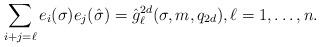
LaTeX: \begin{align*}\sum_{i+j=\ell} e_{i}(\sigma) e_{j}(\hat{\sigma}) = \hat{g}_{\ell}^{2d}(\sigma,m,q_{2d}),\ell=1,\ldots,n \/.\end{align*}